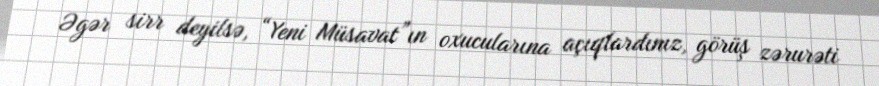
Əgər sirr deyilsə, “Yeni Müsavat”ın oxucularına açıqlardınız, görüş zərurəti